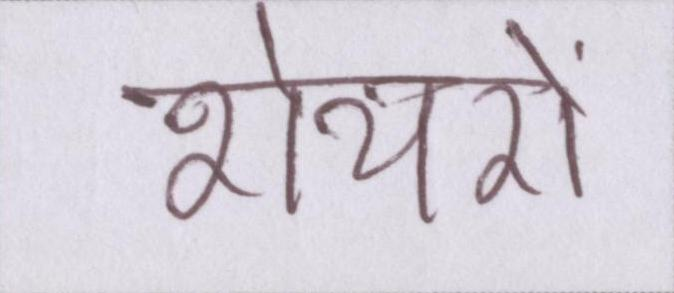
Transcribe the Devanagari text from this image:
शेयरों